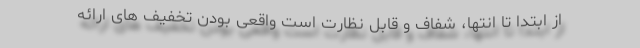
از ابتدا تا انتها، شفاف و قابل نظارت است واقعی بودن تخفیف های ارائه